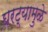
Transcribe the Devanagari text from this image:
घरट्यामुळे